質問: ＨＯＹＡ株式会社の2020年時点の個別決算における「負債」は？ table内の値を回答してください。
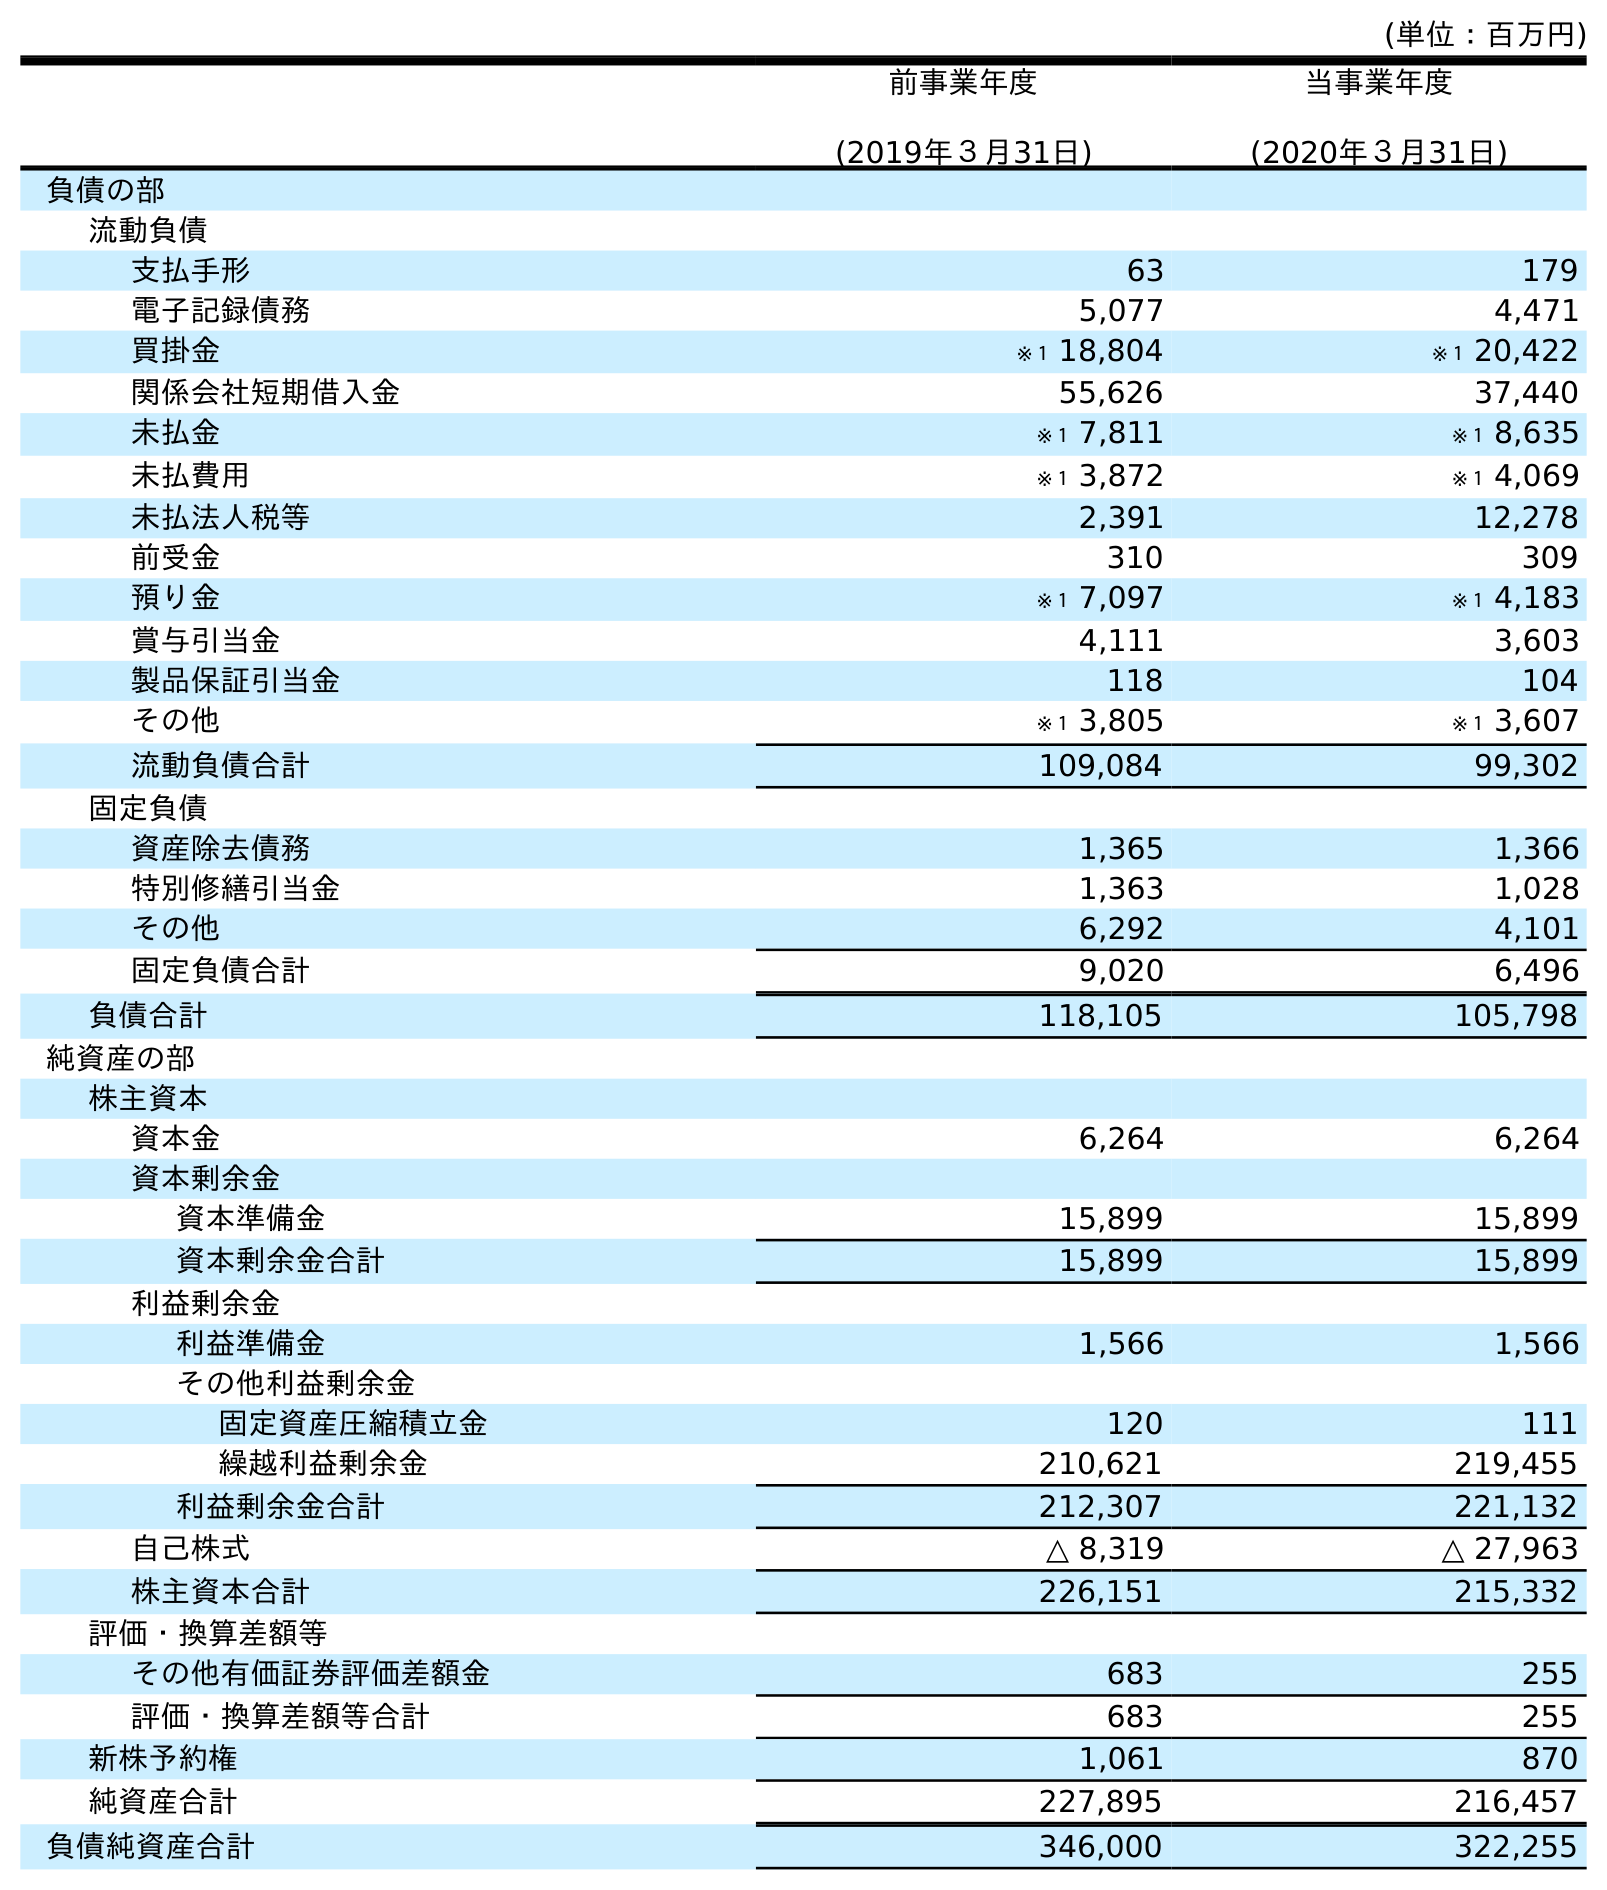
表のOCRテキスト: (単位：百万円) 前事業年度 (2019年３月31日) 当事業年度 (2020年３月31日) 負債の部 流動負債 支払手形 63 179 電子記録債務 5,077 4,471 買掛金 ※１ 18,804 ※１ 20,422 関係会社短期借入金 55,626 37,440 未払金 ※１ 7,811 ※１ 8,635 未払費用 ※１ 3,872 ※１ 4,069 未払法人税等 2,391 12,278 前受金 310 309 預り金 ※１ 7,097 ※１ 4,183 賞与引当金 4,111 3,603 製品保証引当金 118 104 その他 ※１ 3,805 ※１ 3,607 流動負債合計 109,084 99,302 固定負債 資産除去債務 1,365 1,366 特別修繕引当金 1,363 1,028 その他 6,292 4,101 固定負債合計 9,020 6,496 負債合計 118,105 105,798 純資産の部 株主資本 資本金 6,264 6,264 資本剰余金 資本準備金 15,899 15,899 資本剰余金合計 15,899 15,899 利益剰余金 利益準備金 1,566 1,566 その他利益剰余金 固定資産圧縮積立金 120 111 繰越利益剰余金 210,621 219,455 利益剰余金合計 212,307 221,132 自己株式 △ 8,319 △ 27,963 株主資本合計 226,151 215,332 評価・換算差額等 その他有価証券評価差額金 683 255 評価・換算差額等合計 683 255 新株予約権 1,061 870 純資産合計 227,895 216,457 負債純資産合計 346,000 322,255
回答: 105,798